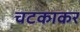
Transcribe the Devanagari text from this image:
चटकाकर